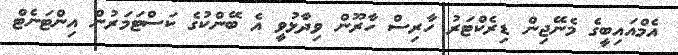
އެމްއައިބީގެ މެނޭޖިން ޑިރެކްޓަރު ހާރިސް ހާރޫން ވިދާޅުވީ އެ ބޭންކުގެ ކަސްޓަމަރުން އިންޓަނެޓް